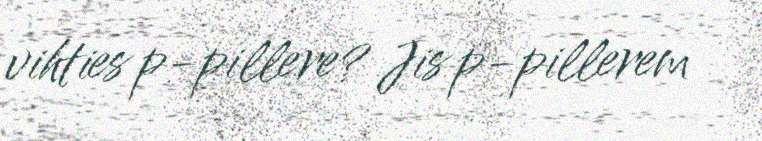
vihties p-pillere? Jis p-pillerem